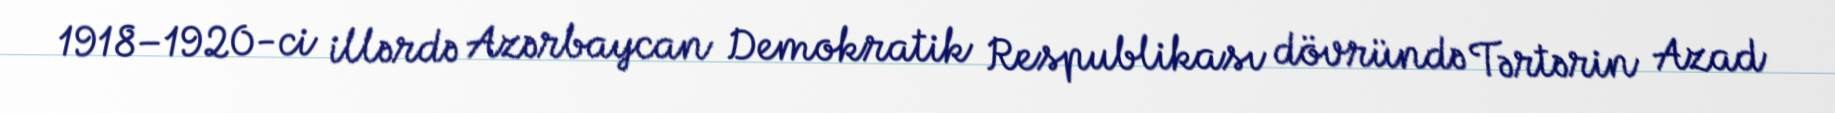
1918–1920-ci illərdə Azərbaycan Demokratik Respublikası dövründə Tərtərin Azad